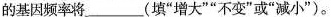
的基因频率将___(填”增大””不变”或”减小”)。